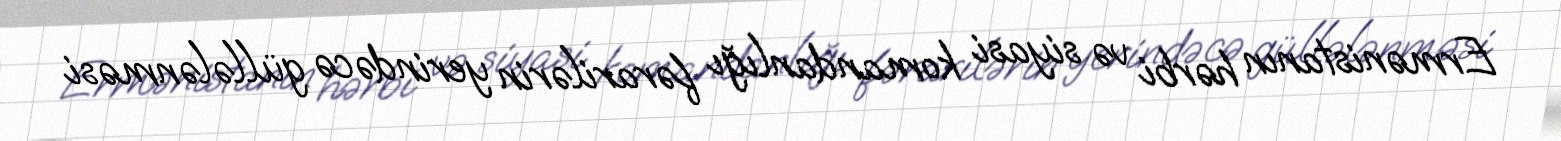
Ermənistanın hərbi və siyasi komandanlığı fərarilərin yerindəcə güllələnməsi